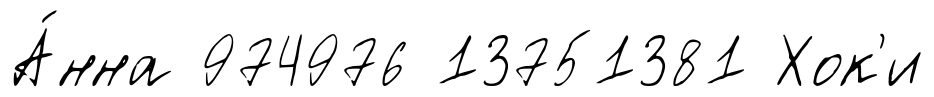
А́нна 974976 13751381 Хок'и